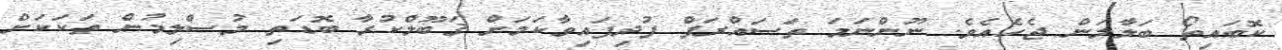
ކޮބައިތޯ ބަލާލަން ޖެހެއެވެ. ނޫންނަމަ ތަސައްރަފް ފުދިފައިވާކަމަށް ޤަބޫލްކުރާ ބޮޑަތި މުސްލިމުން ތަކަކަށް